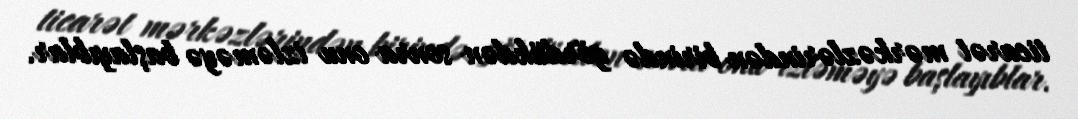
ticarət mərkəzlərindən birində gördükdən sonra onu izləməyə başlayıblar.